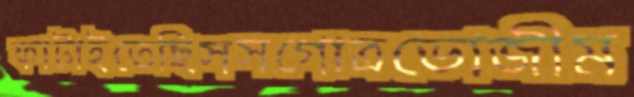
ফাটাইতেছিসসগোত্রভোজীম